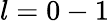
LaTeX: l=0-1